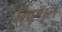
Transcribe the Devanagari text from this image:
लिएचल